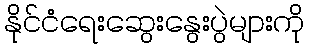
နိုင်ငံရေးဆွေးနွေးပွဲများကို